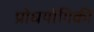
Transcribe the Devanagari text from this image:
प्रोधयोगिकी